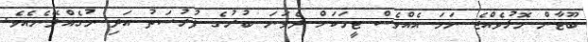
ބޫޓާން މޮޅުވެއްޖެ ނަމަ އެއްވެސް ޓީމަކަށް ދެވަނަ ބުރުގެ ފުރުސަތު އަދި ނުގެއްލޭނެއެވެ.